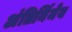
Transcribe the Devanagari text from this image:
अंतिर्निमेय